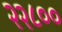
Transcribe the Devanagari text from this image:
२२८००